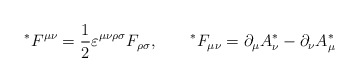
\begin{align*}{}^*F^{\mu\nu}=\frac 12 \varepsilon^{\mu\nu\rho\sigma}F_{\rho\sigma}, \qquad {}^*F_{\mu\nu}=\partial_\mu A^*_\nu -\partial_\nu A^*_\mu\end{align*}